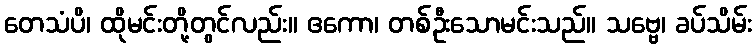
တေသံပိ၊ ထိုမင်းတို့တွင်လည်း။ ဧကော၊ တစ်ဦးသောမင်းသည်။ သဗ္ဗေ၊ ခပ်သိမ်း